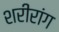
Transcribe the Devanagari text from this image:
शरीरांग